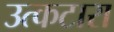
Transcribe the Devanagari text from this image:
उत्कटारा